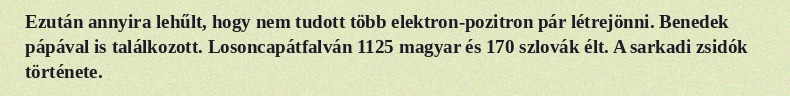
Ezután annyira lehűlt, hogy nem tudott több elektron-pozitron pár létrejönni. Benedek pápával is találkozott. Losoncapátfalván 1125 magyar és 170 szlovák élt. A sarkadi zsidók története.